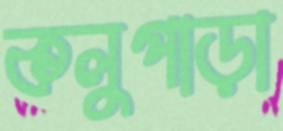
কলুপাড়া